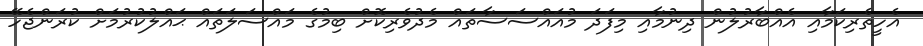
އެހީތެރިކަމާއި އެއްބާރުލުން ދިނުމާއި މިފަދަ މުއައްސަސާތައް މެދުވެރިކޮށް ބިމުގެ މައްސަލަތައް ޙައްލުކުރުމަށް ކުރަންޖެހޭ